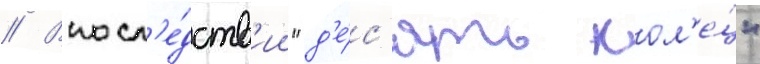
// Впосл'е́дств'ии "д'е́с'ять кол'е́ц"